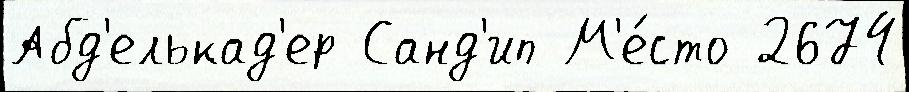
Абд'елькад'ер Санд'ип М'е́сто 2674